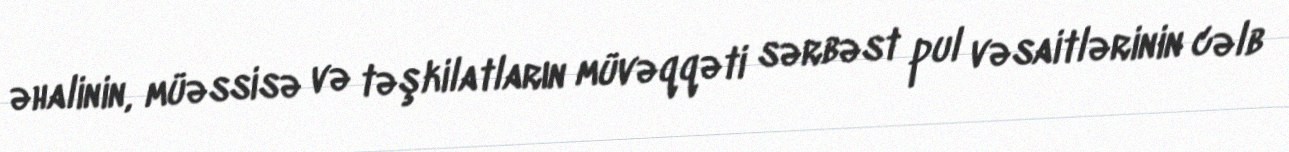
əhalinin, müəssisə və təşkilatların müvəqqəti sərbəst pul vəsaitlərinin cəlb